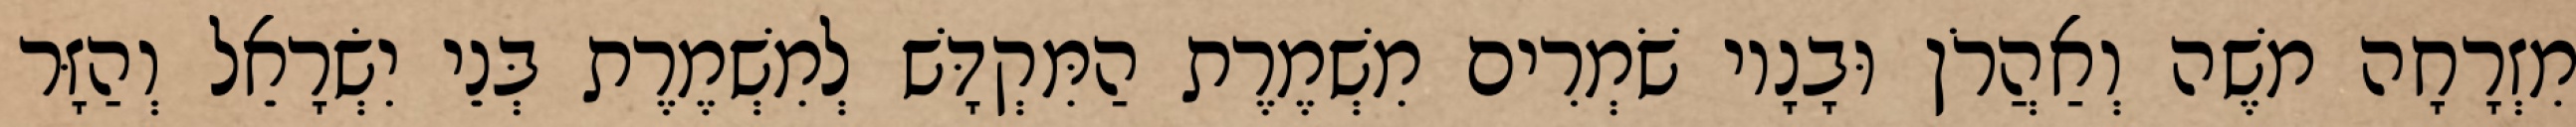
מִזְרָחָה משֶׁה וְאַהֲרֹן וּבָנָיו שֹׁמְרִים מִשְׁמֶרֶת הַמִּקְדָּשׁ לְמִשְׁמֶרֶת בְּנֵי יִשְׂרָאֵל וְהַזָּר